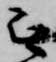
無